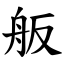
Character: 舨